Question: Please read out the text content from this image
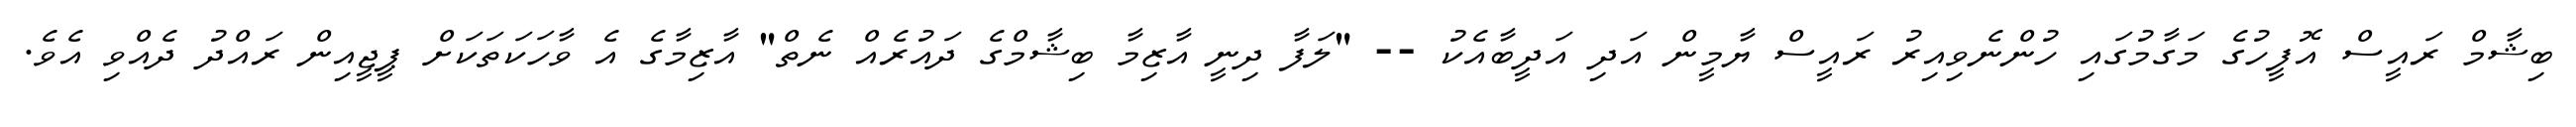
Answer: ބިޝާމް ރައީސް އޮފީހުގެ މަގާމުގައި ހުންނެވިއިރު ރައީސް ޔާމީން އަދި އަދީބާއެކު -- "ލަފާ ދިނީ އާޒިމާ ބިޝާމްގެ ދައުރެއް ނެތް" އާޒިމާގެ އެ ވާހަކަތަކަށް ޕީޖީއިން ރައްދު ދެއްވި އެވެ.